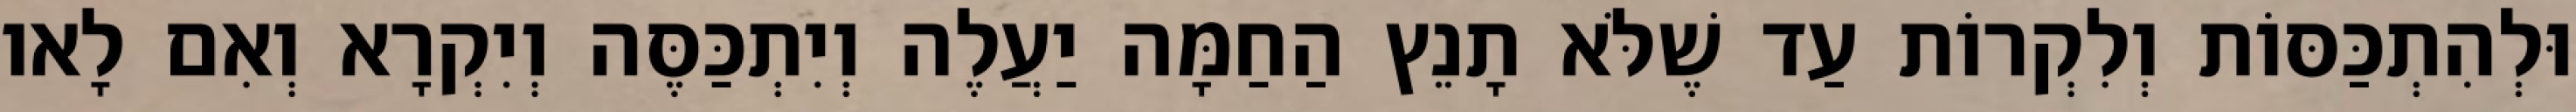
וּלְהִתְכַּסּוֹת וְלִקְרוֹת עַד שֶׁלֹּא תָנֵץ הַחַמָּה יַעֲלֶה וְיִתְכַּסֶּה וְיִקְרָא וְאִם לָאו